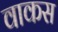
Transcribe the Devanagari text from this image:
वाकस